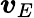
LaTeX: \boldsymbol{v}_{E}